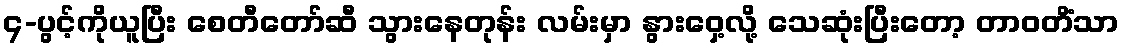
၄-ပွင့်ကိုယူပြီး စေတီတော်ဆီ သွားနေတုန်း လမ်းမှာ နွားဝှေ့လို့ သေဆုံးပြီးတော့ တာဝတိံသာ